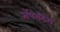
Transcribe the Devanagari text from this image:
ॲपरेटिंग